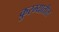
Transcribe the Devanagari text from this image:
कुरम्यातील